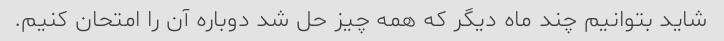
شاید بتوانیم چند ماه دیگر که همه چیز حل شد دوباره آن را امتحان کنیم.